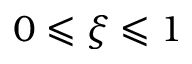
0 \leqslant \xi \leqslant 1